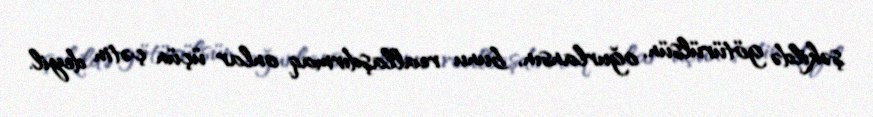
şəkildə götürülsün, oğurlansın, bunu reallaşdırmaq onlar üçün çətin deyil.